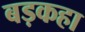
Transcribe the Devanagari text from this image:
बड़कहा